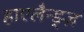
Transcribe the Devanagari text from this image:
हाएलैन्ड्ज़